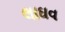
લાઘવ